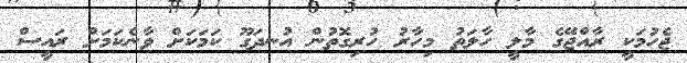
ޖެހުމަކީ ރާއްޖޭގެ މާލީ ހާލަތު މިހާރު ހުރިގޮތުން އުނދަގޫ ކަމަކަށް ވާނެކަމަށް ރައީސް